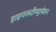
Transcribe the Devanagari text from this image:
हाइपरस्टीम्युलेशन